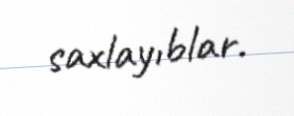
saxlayıblar.